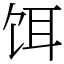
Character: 饵